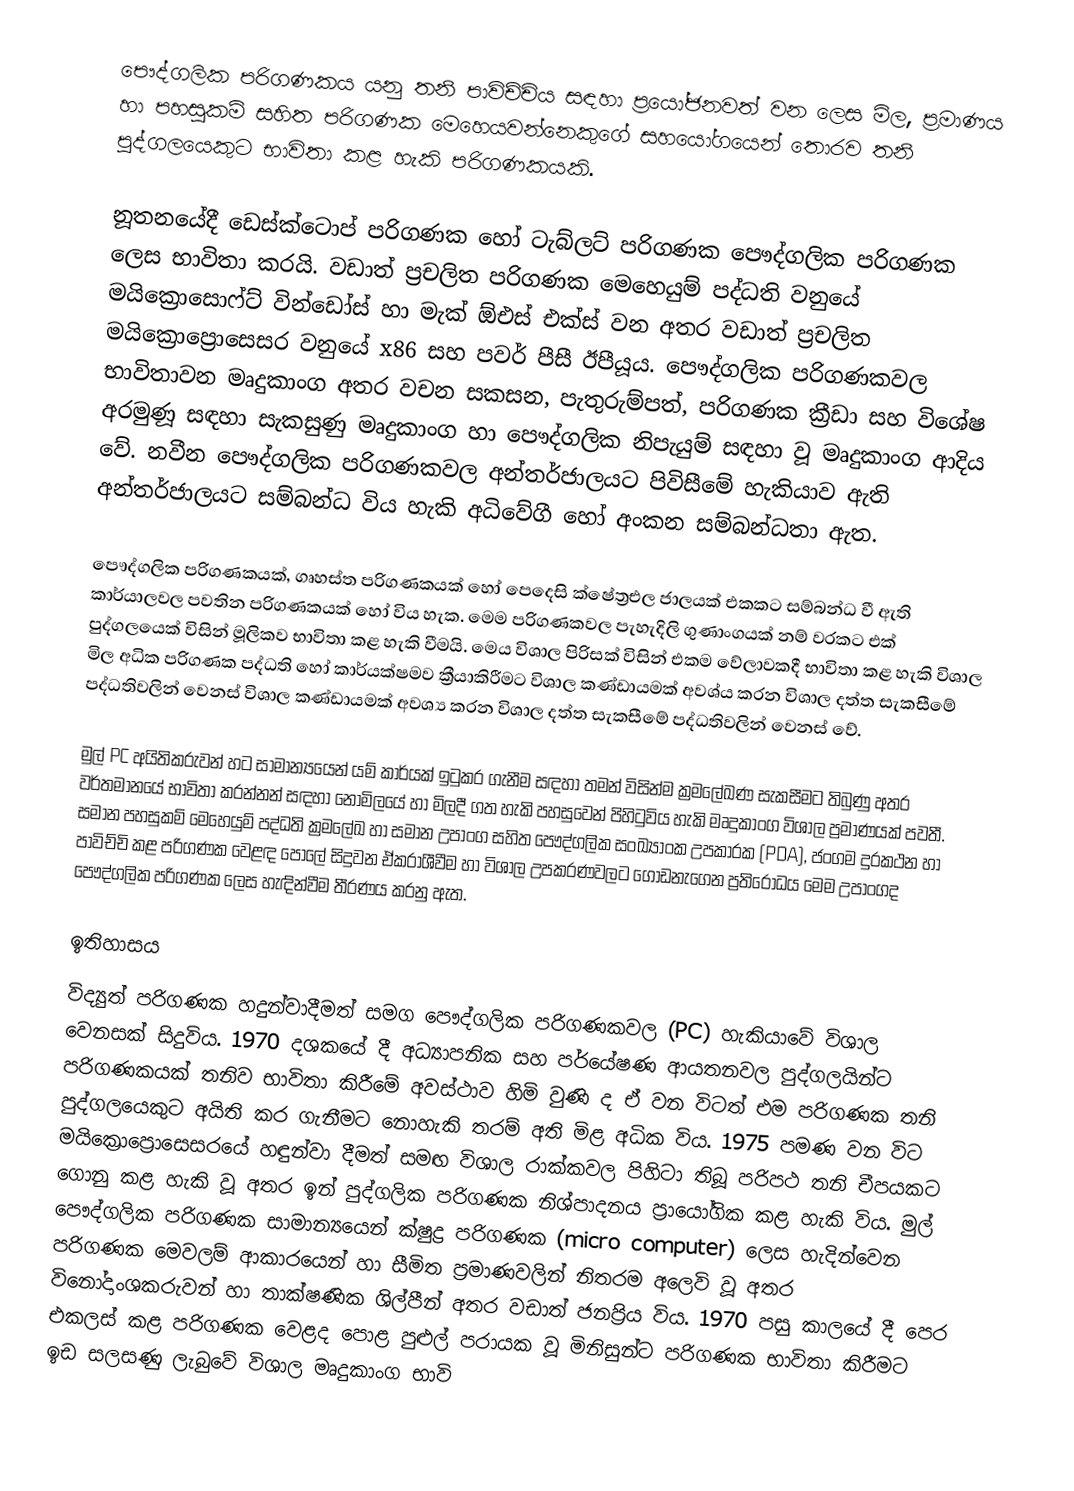
පෞද්ගලික පරිගණකය යනු තනි පාවිච්චිය සඳහා ප්‍රයෝජනවත් වන ලෙස මිල, ප්‍රමාණය හා පහසුකම් සහිත පරිගණක මෙහෙයවන්නෙකුගේ සහයෝගයෙන් තොරව තනි පුද්ගලයෙකුට භාවිතා කළ හැකි පරිගණකයකි.

නූතනයේදී ඩෙස්ක්ටොප් පරිගණක හෝ ටැබ්ලට් පරිගණක පෞද්ගලික පරිගණක ලෙස භාවිතා කරයි. වඩාත් ප්‍රචලිත පරිගණක මෙහෙයුම් පද්ධති වනුයේ මයික්‍රොසොෆ්ට් වින්ඩෝස් හා මැක් ඕඑස් එක්ස් වන අතර වඩාත් ප්‍රචලිත මයික්‍රොප්‍රොසෙසර වනුයේ x86 සහ පවර් පීසී ඊපීයූය. පෞද්ගලික පරිගණකවල භාවිතාවන මෘදුකාංග අතර වචන සකසන, පැතුරුම්පත්, පරිගණක ක්‍රීඩා සහ විශේෂ අරමුණූ සඳහා සැකසුණු මෘදුකාංග හා පෞද්ගලික නිපැයුම් සඳහා වූ මෘදුකාංග ආදිය වේ. නවීන පෞද්ගලික පරිගණකවල අන්තර්ජාලයට පිවිසීමේ හැකියාව ඇති අන්තර්ජාලය‍ට සම්බන්ධ විය හැකි අධිවේගී හෝ අංකන සම්බන්ධතා ඇත.

පෞද්ගලික පරිගණකයක්, ගෘහස්ත පරිගණකයක් හෝ පෙදෙසි ක්ෂේත්‍රඑල ජාලයක් එකකට සම්බන්ධ වී ඇති කාර්යාලවල පවතින පරිගණකයක් හෝ විය හැක. මෙම පරිගණකවල පැහැදිලි ගුණාංගයක් නම් වරකට එක් පුද්ගලයෙක් විසින් මූලිකව භාවිතා කළ හැකි වීමයි. මෙය විශාල පිරිසක් විසින් එකම වේලාවකදී භාවිතා කළ හැකි විශාල මිල අධික පරිගණක පද්ධති හෝ  කාර්යක්ෂමව ක්‍රීයාකිරීමට විශාල කණ්ඩායමක් අවශ්ය  කරන විශාල දත්ත සැකසීමේ පද්ධතිවලින් වෙනස් විශාල කණ්ඩායමක් අවශ්‍ය කරන විශාල දත්ත සැකසීමේ පද්ධතිවලින් වෙනස් වේ.

මුල් PC අයිතිකරුවන් හට සාමාන්‍යයෙන් යම් කාර්යක් ඉටුකර ගැනීම සඳහා තමන් විසින්ම ක්‍රමලේඛණ සැකසීමට තිබුණු අතර වර්තමානයේ භාවිතා කරන්නන් සඳහා නොමිලයේ හා මිලදී ගත හැකි පහසුවෙන් පිහිටුවිය හැකි මෘදුකාංග විශාල ප්‍රමාණයක් පවතී. සමාන පහසුකම් මෙහෙයුම් පද්ධති ක්‍රමලේඛ හා සමාන උපාංග සහිත පෞද්ගලික සංඛ්‍යාංක උපකාරක (PDA), ජංගම දුරකථන හා පාවිච්චි කළ පරිගණක වෙළඳ පොලේ සිදුවන ඒකරාශීවීම හා විශාල උපකරණවලට ගොඩනැගෙන ප්‍රතිරෝධය මෙම උපාංගද පෞද්ගලික පරිගණක ලෙස හැඳින්වීම තීරණය කරනු ඇත.

ඉතිහාසය
විද්‍යුත් පරිගණක හදුන්වාදීමත් සමග පෞද්ගලික පරිගණකවල (PC) හැකියාවේ විශාල වෙනසක් සිදුවිය. 1970 දශ‍කයේ දී අධ්‍යාපනික සහ පර්යේෂණ ආයතනවල පුද්ගලයින්ට පරිගණකයක් තනිව භාවිතා කිරීමේ අවස්ථාව හිමි වුණි ද ඒ වන විටත් එම පරිගණක තනි පුද්ගලයෙකුට අයිති කර ගැනීමට නොහැකි තරම් අති මිළ අධික විය. 1975 පමණ වන විට මයික්‍රොප්‍රොසෙසරයේ හඳුන්වා දීමත් සමඟ විශාල රාක්කවල පිහිටා තිබූ පරිපථ තනි චීපයකට ගොනු කළ හැකි වූ අතර ඉන් පුද්ගලික පරිගණක නිශ්පාදනය ප්‍රායෝගික කළ හැකි විය. මුල් පෞද්ගලික පරිගණක සාමාන්‍යයෙන් ක්ෂුද්‍ර පරිගණක (micro computer) ලෙස හැදින්වෙන පරිගණක මෙවලම් ආකාරයෙන් හා සීමිත ප්‍රමාණවලින් නිතරම අලෙවි වූ අතර විනෝදාංශකරුවන් හා තාක්ෂණික ශිල්පීන් අතර වඩාත් ජනප්‍රිය විය. 1970 පසු කාලයේ දී පෙර එකලස් කළ පරිගණක වෙළද පොළ පුළුල් පරායක වූ මිනිසුන්ට පරිගණක භාවිතා කිරීමට ඉඩ සලසණු ලැබුවේ විශාල මෘදුකාංග භාවි